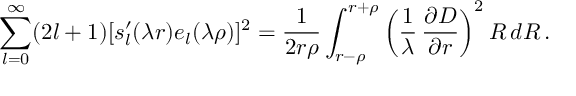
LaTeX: \sum _ { l = 0 } ^ { \infty } ( 2 l + 1 ) [ s _ { l } ^ { \prime } ( \lambda r ) e _ { l } ( \lambda \rho ) ] ^ { 2 } = \frac { 1 } { 2 r \rho } \int _ { r - \rho } ^ { r + \rho } \left( \frac { 1 } { \lambda } \, \frac { \partial { \cal D } } { \partial r } \right) ^ { 2 } R \, d R \, .